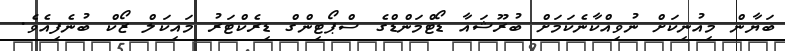
ބަޔާން މިއުނިކަށް ނުވިއްކާނެކަމަށް ބުރޫޝައާ ޑޯޓްމަންޑްގެ ސްޕޯޓިންގް ޑިރެކްޓަރު މައިކަލް ޒޯކް ބުނެފިއެވެ.